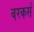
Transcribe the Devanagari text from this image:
वरकर्स